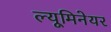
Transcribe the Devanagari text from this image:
ल्यूमिनेयर